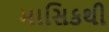
માસિકથી